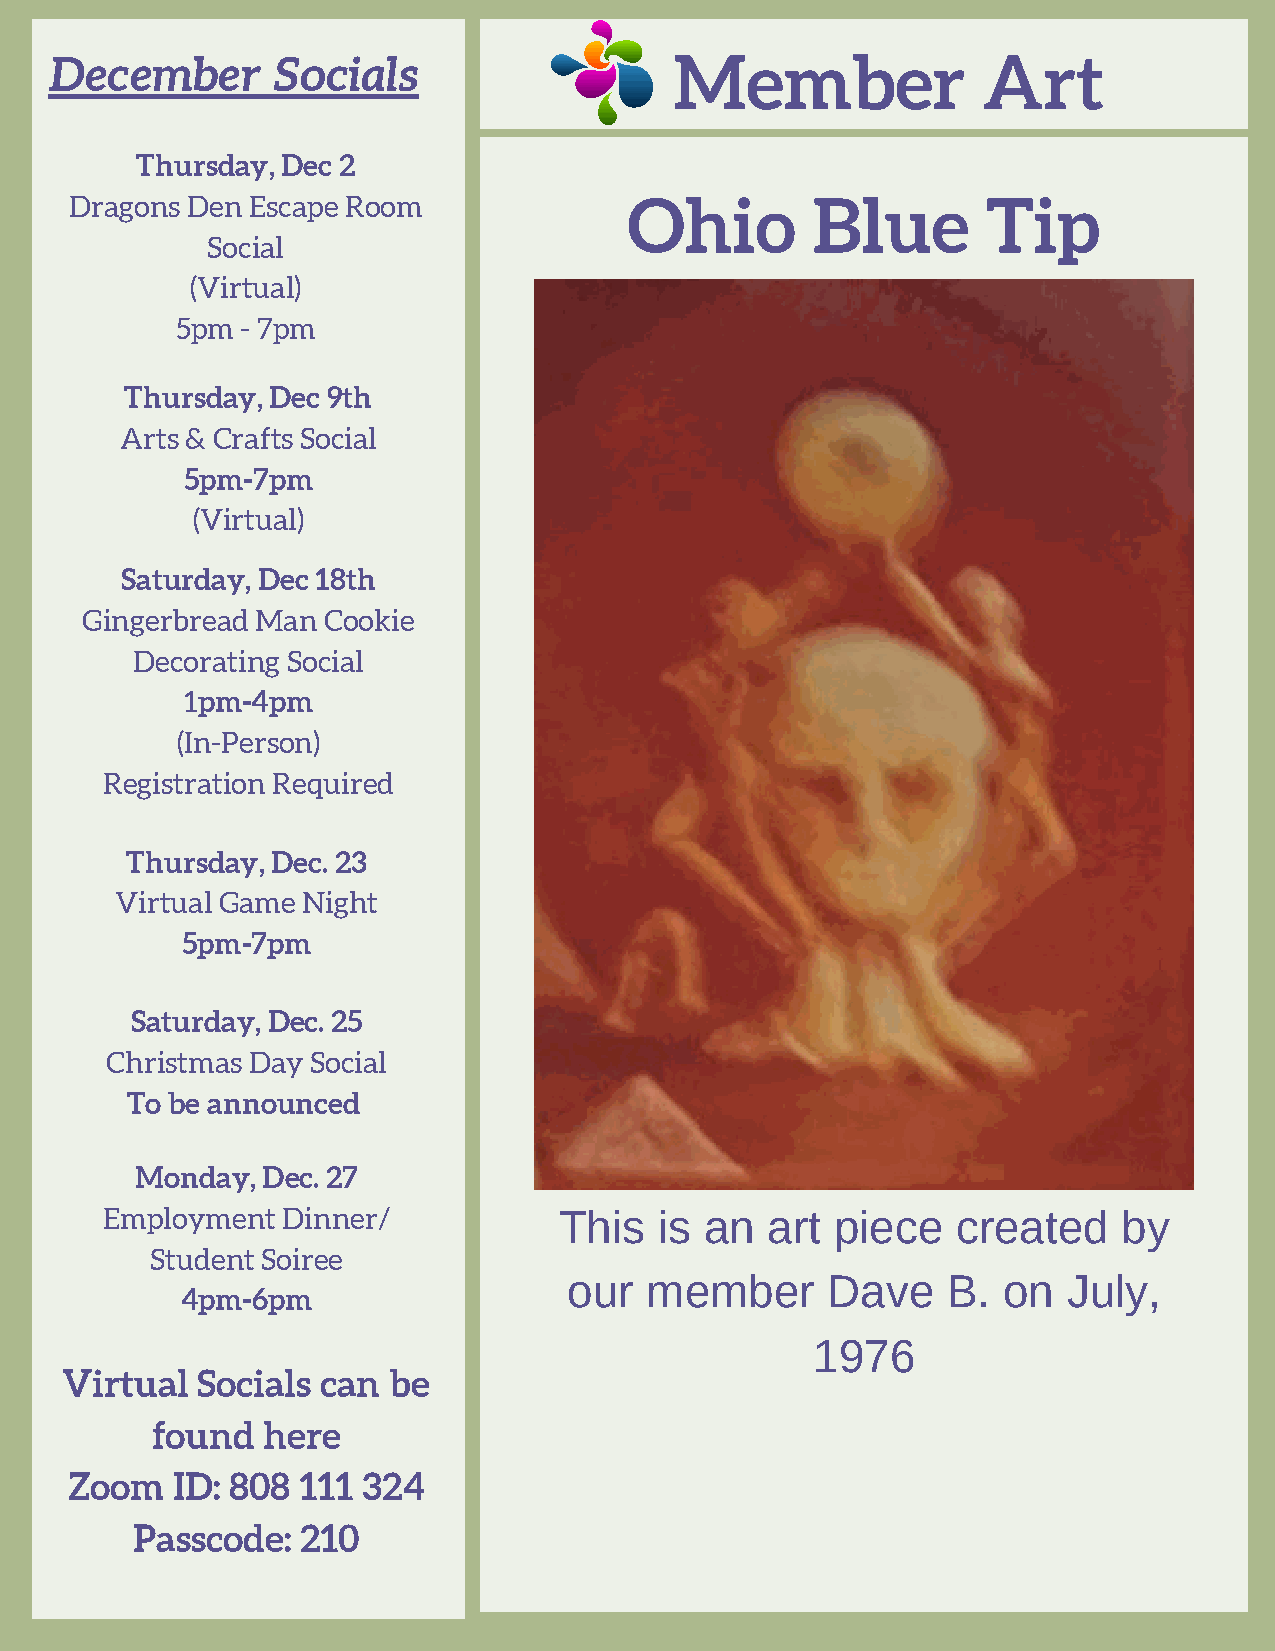
December       Socials                    Member              Art
 Thursday, Dec 2
 Dragons Den Escape Room              Ohio        Blue       Tip
 Social
 (Virtual)
 5pm - 7pm
 Thursday, Dec 9th
 Arts & Crafts Social
 5pm-7pm
 (Virtual)
 Saturday, Dec 18th
 Gingerbread Man Cookie
 Decorating Social
 1pm-4pm
 (In-Person)
 Registration Required
 Thursday, Dec. 23
 Virtual Game Night
 5pm-7pm
 Saturday, Dec. 25
 Christmas Day Social
 To be announced
 Monday, Dec. 27
 Employment  Dinner/           This   is an  art piece   created    by
 Student Soiree
 our  member      Dave    B. on   July,
 4pm-6pm
 1976
 Virtual  Soc ials can be
 found  here
 Zoom  ID: 808  111 324
 Passcode:  210